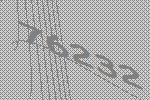
76232